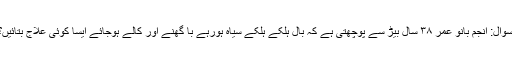
سوال: انجم بانو عمر ۳۸ سال بیڑ سے پوچھتی ہے کہ بال ہلکے ہلکے سیاہ ہورہے با گھنے اور کالے ہوجائے ایسا کوئی علاج بتائیں؟